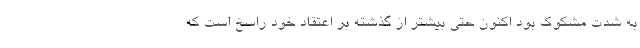
به شدت مشکوک بود اکنون حتی بیشتر از گذشته بر اعتقاد خود راسخ است که